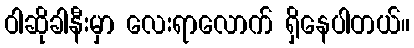
ဝါဆိုခါနီးမှာ လေးရာလောက် ရှိနေပါတယ်။